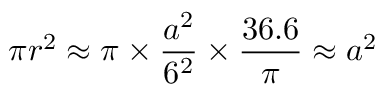
{ \pi } r ^ { 2 } \approx \pi \times { \frac { a ^ { 2 } } { 6 ^ { 2 } } } \times { \frac { 3 6 . 6 } { \pi } } \approx a ^ { 2 }